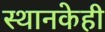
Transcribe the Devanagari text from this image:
स्थानकेही